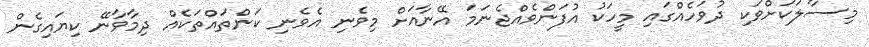
މިސާލަކަށްވަކި ދުވަހެއްގައި މީހަކު އުފަންވެއްޖެނަމަ އޭނާއަށް މިވެނި އެވެނި ކަންތައްތަކެއް ދިމާވާނޭ ކިޔައިގެން